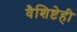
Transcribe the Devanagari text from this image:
वैशिष्टेही